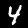
Label: 4